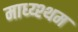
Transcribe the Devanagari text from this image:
माध्य्श्थम